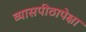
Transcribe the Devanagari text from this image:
व्यासपीठापेक्षा